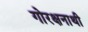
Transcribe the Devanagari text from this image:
गोरक्षनाथी